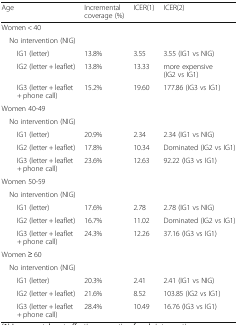
| Age | Incremental coverage (%) | ICER(1) | ICER(2) |
 | --- | --- | --- | --- |
 | <COLSPAN=4> Women < 40 |
 | <COLSPAN=4> No intervention (NIG) |
 | IG1 (letter) | 13.8% | 3.55 | 3.55 (IG1 vs NIG) |
 | IG2 (letter + leaflet) | 13.8% | 13.33 | more expensive (IG2 vs IG1) |
 | IG3 (letter + leaflet + phone call) | 15.2% | 19.60 | 177.86 (IG3 vs IG1) |
 | <COLSPAN=4> Women 40-49 |
 | <COLSPAN=4> No intervention (NIG) |
 | IG1 (letter) | 20.9% | 2.34 | 2.34 (IG1 vs NIG) |
 | IG2 (letter + leaflet) | 17.8% | 10.34 | Dominated (IG2 vs IG1) |
 | IG3 (letter + leaflet + phone call) | 23.6% | 12.63 | 92.22 (IG3 vs IG1) |
 | <COLSPAN=4> Women 50-59 |
 | <COLSPAN=4> No intervention (NIG) |
 | IG1 (letter) | 17.6% | 2.78 | 2.78 (IG1 vs NIG) |
 | IG2 (letter + leaflet) | 16.7% | 11.02 | Dominated (IG2 vs IG1) |
 | IG3 (letter + leaflet + phone call) | 24.3% | 12.26 | 37.16 (IG3 vs IG1) |
 | <COLSPAN=4> Women ≥ 60 |
 | <COLSPAN=4> No intervention (NIG) |
 | IG1 (letter) | 20.3% | 2.41 | 2.41 (IG1 vs NIG) |
 | IG2 (letter + leaflet) | 21.6% | 8.52 | 103.85 (IG2 vs IG1) |
 | IG3 (letter + leaflet + phone call) | 28.4% | 10.49 | 16.76 (IG3 vs IG1) |